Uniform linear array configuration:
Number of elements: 4
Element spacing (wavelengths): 1
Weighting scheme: binomial
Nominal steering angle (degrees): -30
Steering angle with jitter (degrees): -28.67
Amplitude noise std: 0.05
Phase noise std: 0.05

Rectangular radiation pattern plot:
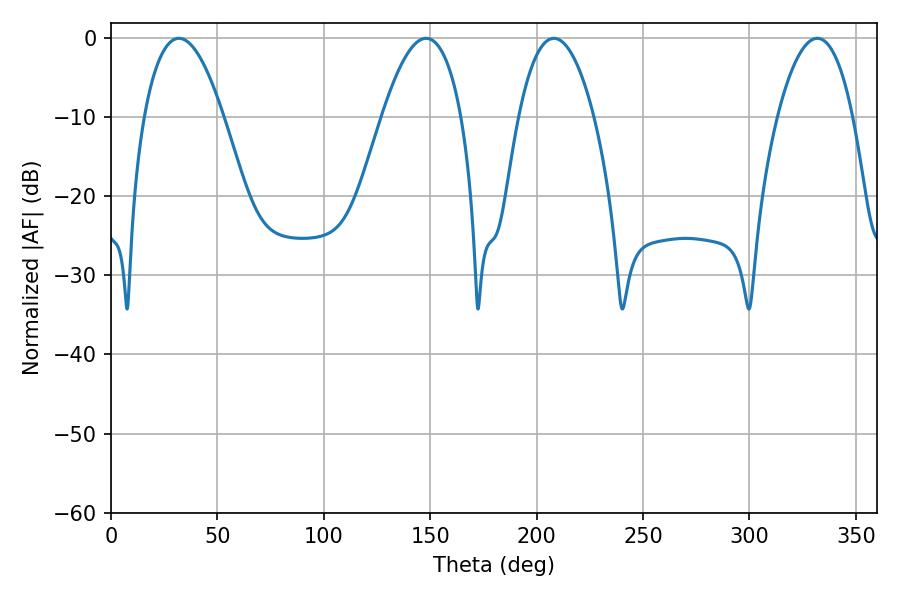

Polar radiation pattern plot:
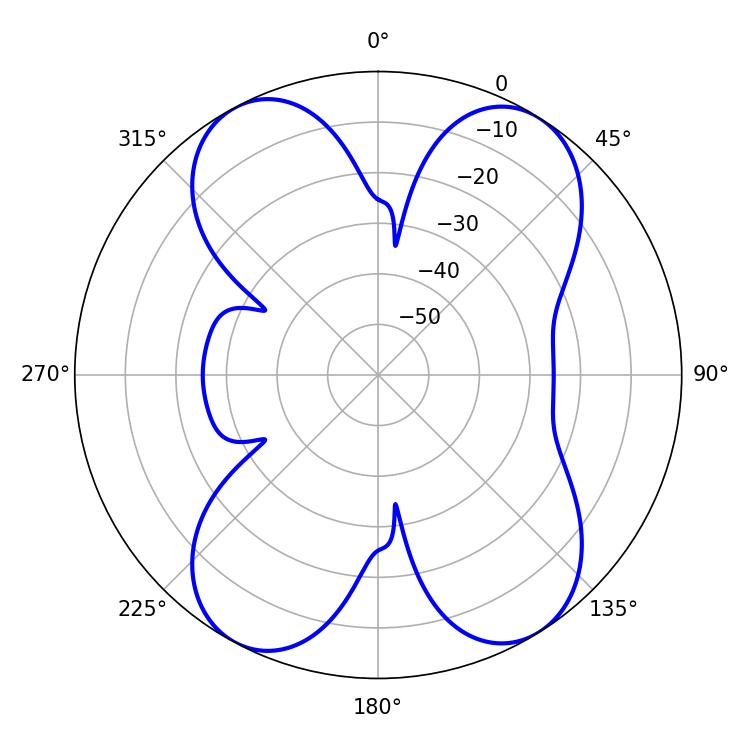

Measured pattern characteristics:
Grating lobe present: TRUE
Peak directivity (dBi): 14.399
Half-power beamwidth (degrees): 19.8
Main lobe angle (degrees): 208.08